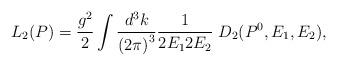
LaTeX: \begin{align*}L_2(P)=\frac{g^2}{2}\int \frac{d^3k}{\left( 2\pi \right) ^3}\frac 1{2E_12E_2}\;D_2(P^0,E_1,E_2), \end{align*}